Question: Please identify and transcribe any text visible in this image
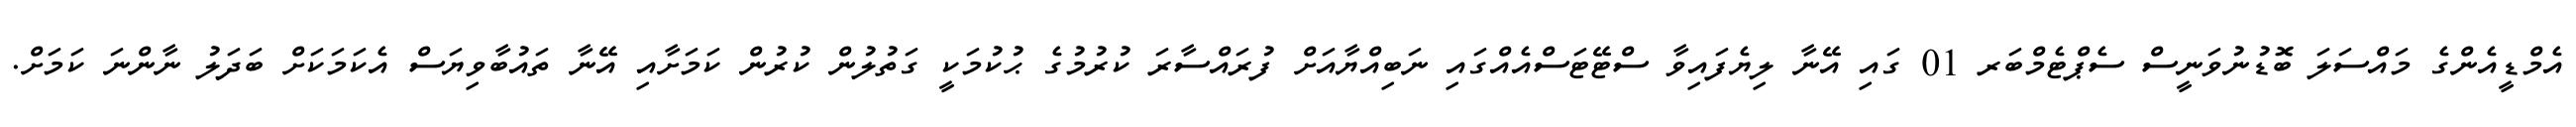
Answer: އެމްޑީއެންގެ މައްސަލަ ބޮޑުނުވަނީސް ސެޕްޓެމްބަރ 01 ގައި އޭނާ ލިޔެފައިވާ ސްޓޭޓަސްއެއްގައި ނަބިއްޔާއަށް ފުރައްސާރަ ކުރުމުގެ ޙުކުމަކީ ގަތުލުން ކުރުން ކަމަށާއި އޭނާ ތައުބާވިޔަސް އެކަމަކަށް ބަދަލު ނާންނަ ކަމަށް.